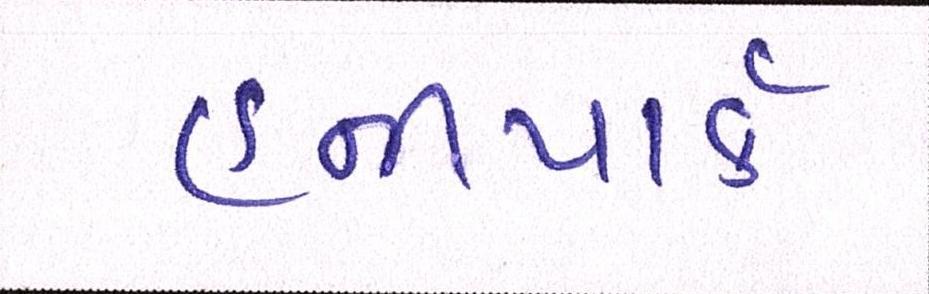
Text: હનીપાર્ક